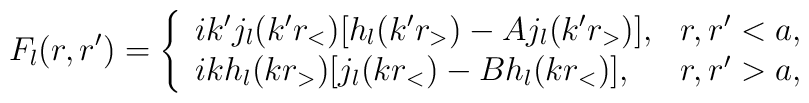
{F}_l(r,r')=\left\{\begin{array}{ll}ik'j_l(k'r_<)[h_l(k'r_>)-Aj_l(k'r_>)],&r,r'<a,\\ikh_l(kr_>)[j_l(kr_<)-Bh_l(kr_<)],&r,r'>a,\end{array}\right.